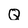
Character: Q